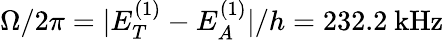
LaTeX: \Omega/2\pi=|E_{T}^{(1)}-E_{A}^{(1)}|/h=232.2~\mathrm{{kHz}}